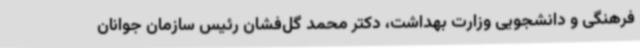
فرهنگی و دانشجویی وزارت بهداشت، دکتر محمد گل‌فشان رئیس سازمان جوانان